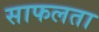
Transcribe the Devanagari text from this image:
साफलता